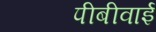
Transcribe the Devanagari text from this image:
पीबीवाई